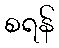
စရန်